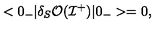
< 0 _ { - } | \delta _ { S } { \cal O } ( { \cal I } ^ { + } ) | 0 _ { - } > = 0 ,